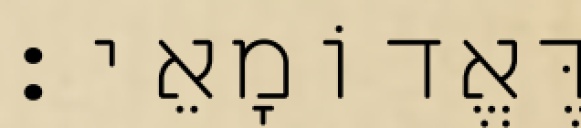
דֶּאֱדוֹמָאֵי׃